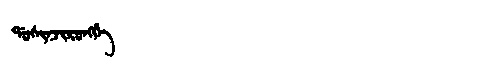
Manchu: ᡩᠣᠰᡳᠨᠵᡳᡵᠣᠩᡤᡝ
Romanization: DOSINJIRONGGE